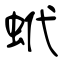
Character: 蚮